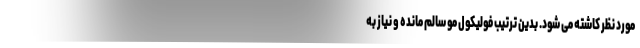
مورد نظر کاشته می شود. بدین ترتیب فولیکول مو سالم مانده و نیاز به